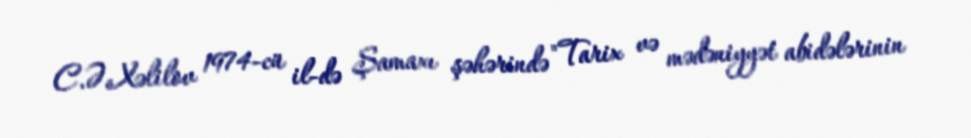
C.Ə.Xəlilov 1974-cü il-də Şamaxı şəhərində "Tarix və mədəniyyət abidələrinin